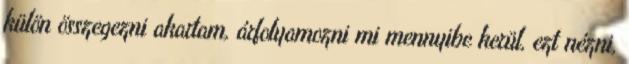
külön összegezni akartam, árfolyamozni mi mennyibe kerül, ezt nézni,